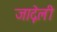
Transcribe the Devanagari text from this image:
जाद्गेली